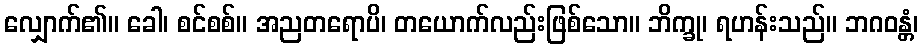
လျှောက်၏။ ခေါ၊ စင်စစ်။ အညတရောပိ၊ တယောက်လည်းဖြစ်သော။ ဘိက္ခု၊ ရဟန်းသည်။ ဘဂဝန္တံ၊